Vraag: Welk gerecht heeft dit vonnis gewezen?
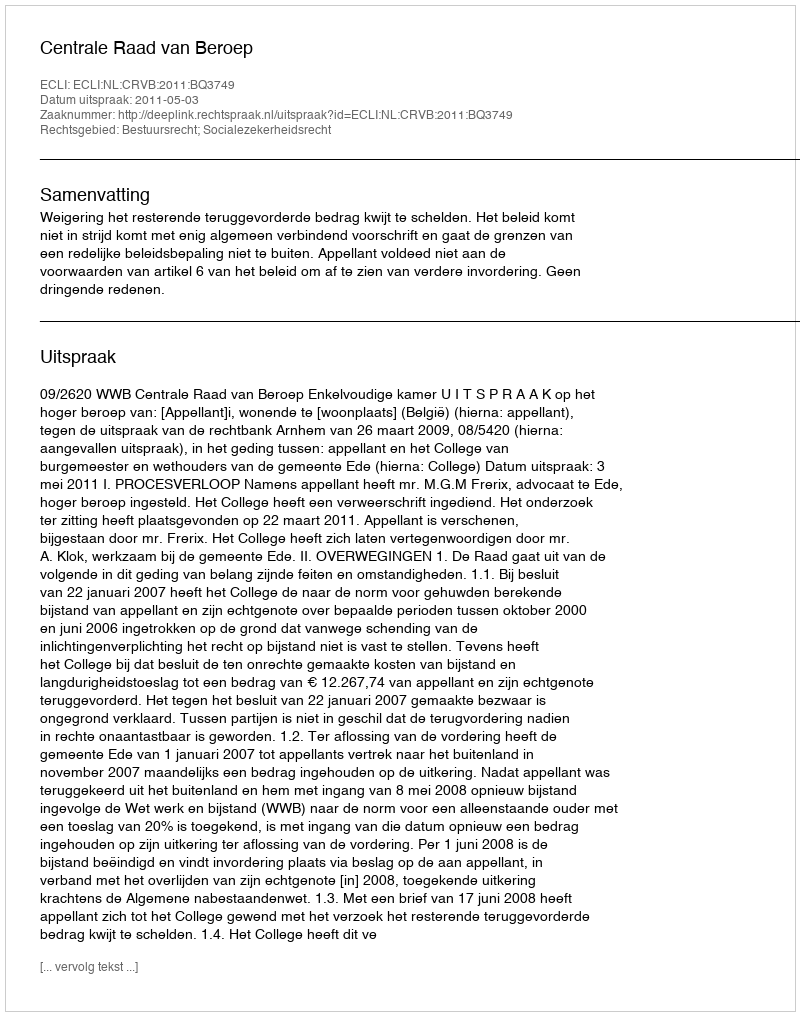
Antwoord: Centrale Raad van Beroep